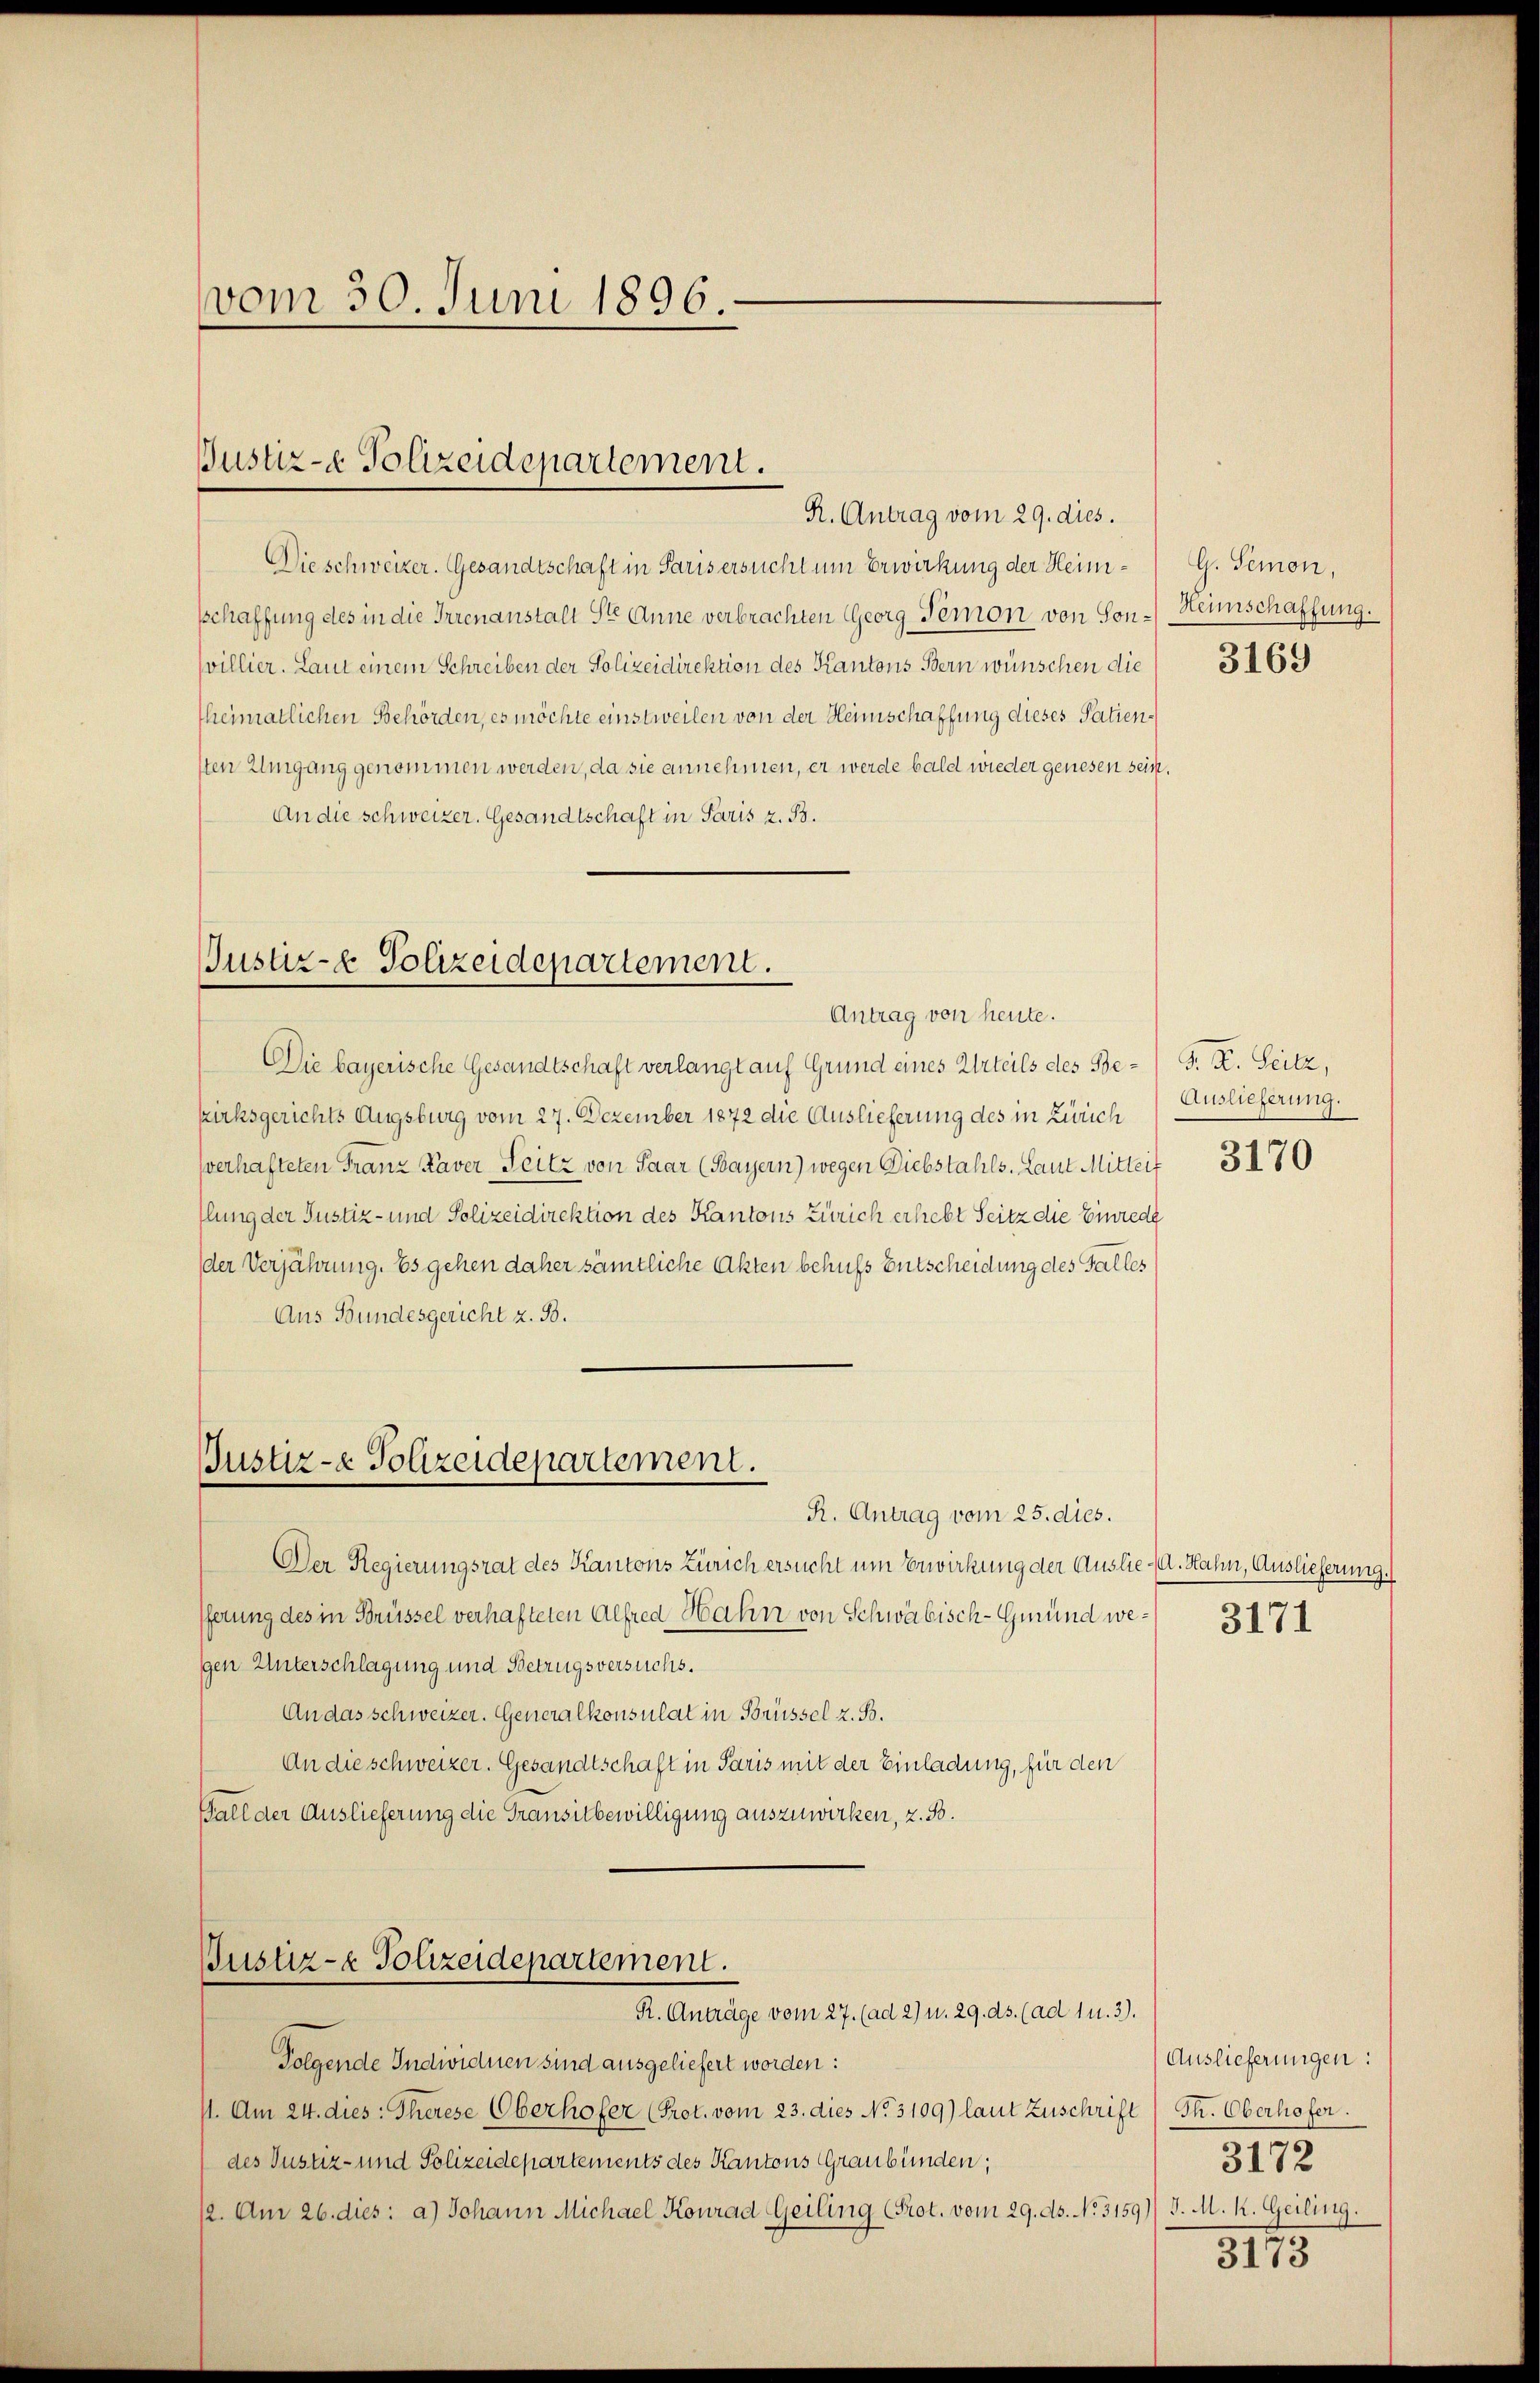
vom 30. Juni 1896.

Justiz- & Polizeidepartement.
R. Antrag vom 29. dies.

Die schweizer. Gesandtschaft in Paris ersucht um Erwirkung der Heimschaffung des in die Irrenanstalt St. Anne verbrachten Georg Temon von Sonvillier. Laut einem Schreiben der Polizeidirektion des Kantons Bern wünschen die
theimatlichen Behörden, es möchte einstweilen von der Heimschaffung dieses Patiensten Umgang genommen werden, da sie annehmen, er werde bald wieder genesen sein
An die schweizer. Gesandtschaft in Paris z. B.
Justiz- & Polizeidepartement.
Antrag von heute.
Die bayerische Gesandtschaft verlangt auf Grund eines Urteils des Be- G. K. Seitz,
kirksgerichts Augsburg vom 27. Dezember 1872 die Auslieferung des in Zürich
sverhafteten Franz Kaver Feitz von Paar (Bayern) wegen Diebstahls. Laut Mitteif
Ilung der Justiz- und Polizeidirektion des Kantons Zürich erhebt Seitz die Einrede
der Verjährung. Es gehen daher sämtliche Akten behufs Entscheidung des Falles
Aus Bundesgericht z. B.

Justiz- & Polizeidepartement.
R. Antrag vom 25. dies.

Bustiz- Polizeidepartement.
R. Anträge vom 27. (ad 2) u. 29. ds. (ad 1 u. 3).

Der Regierungsrat des Kantons Zürich ersucht um Erwirkung der Auslied. Hahn, Auslieferung.
fferung des in Brüssel verhafteten Alfred Hahn von Schwäbisch-Gmund wegen Unterschlagung und Betrugsversuchs.
An das schweizer. Generalkonsulat in Brüssel z. B.
An die schweizer. Gesandtschaft in Paris mit der Einladung, für den
Fall der Auslieferung die Transitbewilligung auszuwirken, z. B.

Folgende Individuen sind ausgeliefert worden:
11. Am 24. dies: Therese Oberhofer (Prot. vom 23. dies No. 3109) laut Zuschrift (Th. Oberhofer.
des Justiz- und Polizeidepartements des Kantons Graubünden;
12. Am 26. dies: a) Johann Michael Konrad Geiling (Prot. vom 29. ds. No. 3159) J. M. k. Geiling.

G. Semon,
Heinschaffung.
3169

Auslieferung.

3170

3171

Auslieferungen:
3172

3173